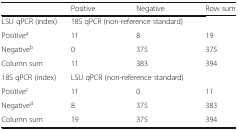
<table><thead><tr><td></td><td><b>Positive</b></td><td><b>Negative</b></td><td><b>Row sum</b></td></tr></thead><tbody><tr><td>LSU qPCR (index)</td><td colspan="2">18S qPCR (non-reference standard)</td><td></td></tr><tr><td>Positive<sup>a</sup></td><td>11</td><td>8</td><td>19</td></tr><tr><td>Negative<sup>b</sup></td><td>0</td><td>375</td><td>375</td></tr><tr><td>Column sum</td><td>11</td><td>383</td><td>394</td></tr><tr><td>18S qPCR (index)</td><td colspan="2">LSU qPCR (non-reference standard)</td><td></td></tr><tr><td>Positive<sup>c</sup></td><td>11</td><td>0</td><td>11</td></tr><tr><td>Negative<sup>d</sup></td><td>8</td><td>375</td><td>383</td></tr><tr><td>Column sum</td><td>19</td><td>375</td><td>394</td></tr></tbody></table>